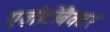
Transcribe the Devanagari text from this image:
एज़ोटोबैक्टर